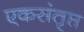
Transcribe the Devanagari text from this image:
एकसंतृप्त